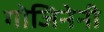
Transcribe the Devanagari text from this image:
गोजिनेनी